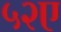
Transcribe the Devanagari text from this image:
५२ए